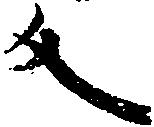
反